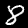
Digit: 8